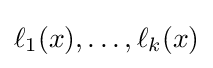
\ell _{1}(x),\dots ,\ell _{k}(x)